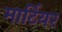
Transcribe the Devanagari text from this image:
मार्टियर